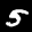
Label: 5